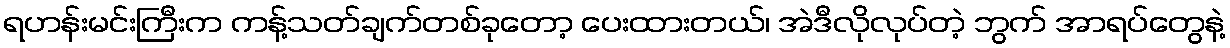
ရဟန်းမင်းကြီးက ကန့်သတ်ချက်တစ်ခုတော့ ပေးထားတယ်၊ အဲဒီလိုလုပ်တဲ့ ဘွက် အာရပ်တွေနဲ့